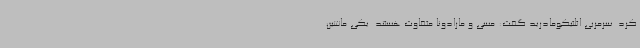
کرد. سرمربی اتلتیکومادرید گفت: مسی و مارادونا متفاوت هستند. یکی ماشین